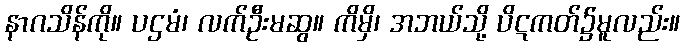
နာဂသိန်ကို။ ပဌမံ၊ လက်ဦးမဆွ။ ကိမှိ၊ အဘယ်သို့ ပိဋကတ်၌မူလည်း။